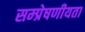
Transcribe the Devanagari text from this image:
सम्‍प्रेषणीयता